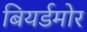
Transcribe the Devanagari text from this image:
बियर्डमोर